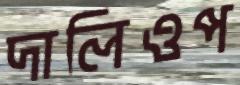
দালিওপ